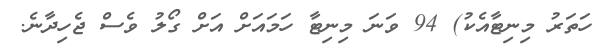
ހަތަރު މިނިޓާއެކު) 94 ވަނަ މިނިޓާ ހަމައަށް އަށް ގޯލު ވެސް ޖެހިދާނެ.